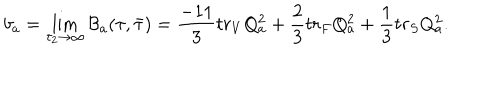
b _ { a } = \lim _ { \tau _ { 2 } \rightarrow \infty } { \cal B } _ { a } ( \tau , \bar { \tau } ) = \frac { - 1 1 } { 3 } t r _ { V } Q _ { a } ^ { 2 } + { \frac { 2 } { 3 } } t r _ { F } Q _ { a } ^ { 2 } + { \frac { 1 } { 3 } } t r _ { S } Q _ { a } ^ { 2 } .